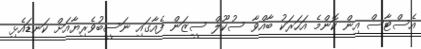
އެސްޓާސް އިން ކޮންމެ އަހަރަކު ބާއްވާ ސުކޫލް ސީޒަން ފެއާގައި ނަސީބުވެރިޔާއަށް ކަނޑައެޅި